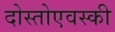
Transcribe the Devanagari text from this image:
दोस्तोएवस्की